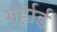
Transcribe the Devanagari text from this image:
गर्हार्ड